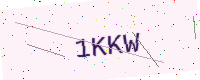
Text: 1KKW